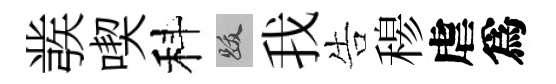
彂喫科跋我告𥠇虐爲